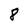
Character: 8